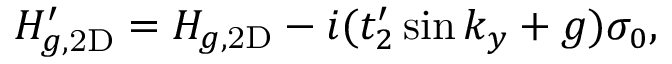
\begin{array} { r } { H _ { g , \mathrm { 2 D } } ^ { \prime } = H _ { g , \mathrm { 2 D } } - i ( t _ { 2 } ^ { \prime } \sin k _ { y } + g ) \sigma _ { 0 } , } \end{array}